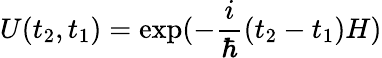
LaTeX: U(t_{2},t_{1})=\exp(-\frac{i}{\hbar}(t_{2}-t_{1})H)